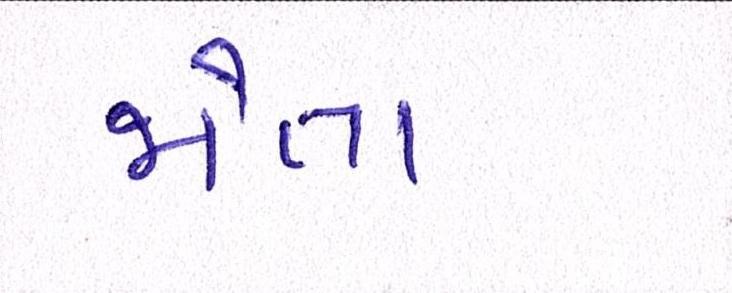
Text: જોતા